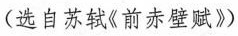
(选自苏轼《前赤壁赋》)